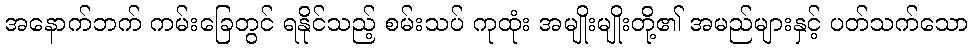
အနောက်ဘက် ကမ်းခြေတွင် ရနိုင်သည့် စမ်းသပ် ကုထုံး အမျိုးမျိုးတို့၏ အမည်များနှင့် ပတ်သက်သော